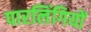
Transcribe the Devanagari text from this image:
पारलिंगियों